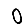
Digit: 0